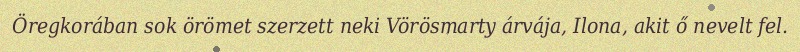
Öregkorában sok örömet szerzett neki Vörösmarty árvája, Ilona, akit ő nevelt fel.